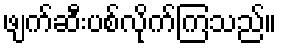
ဖျက်ဆီးပစ်လိုက်ကြသည်။